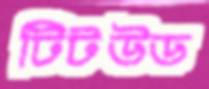
টিটউড